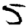
Digit: 5